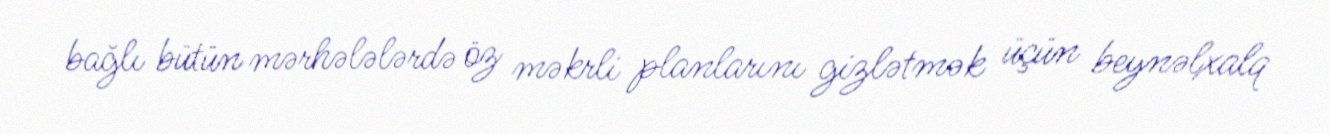
bağlı bütün mərhələlərdə öz məkrli planlarını gizlətmək üçün beynəlxalq